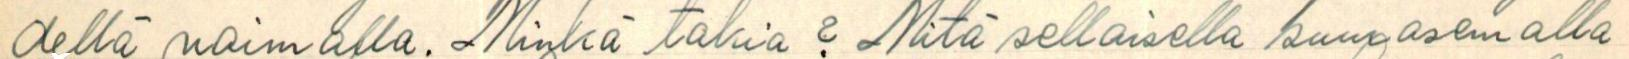
dellä voimalla. Minkä takia? Mitä sellaisella suurasemalla